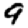
Digit: 9